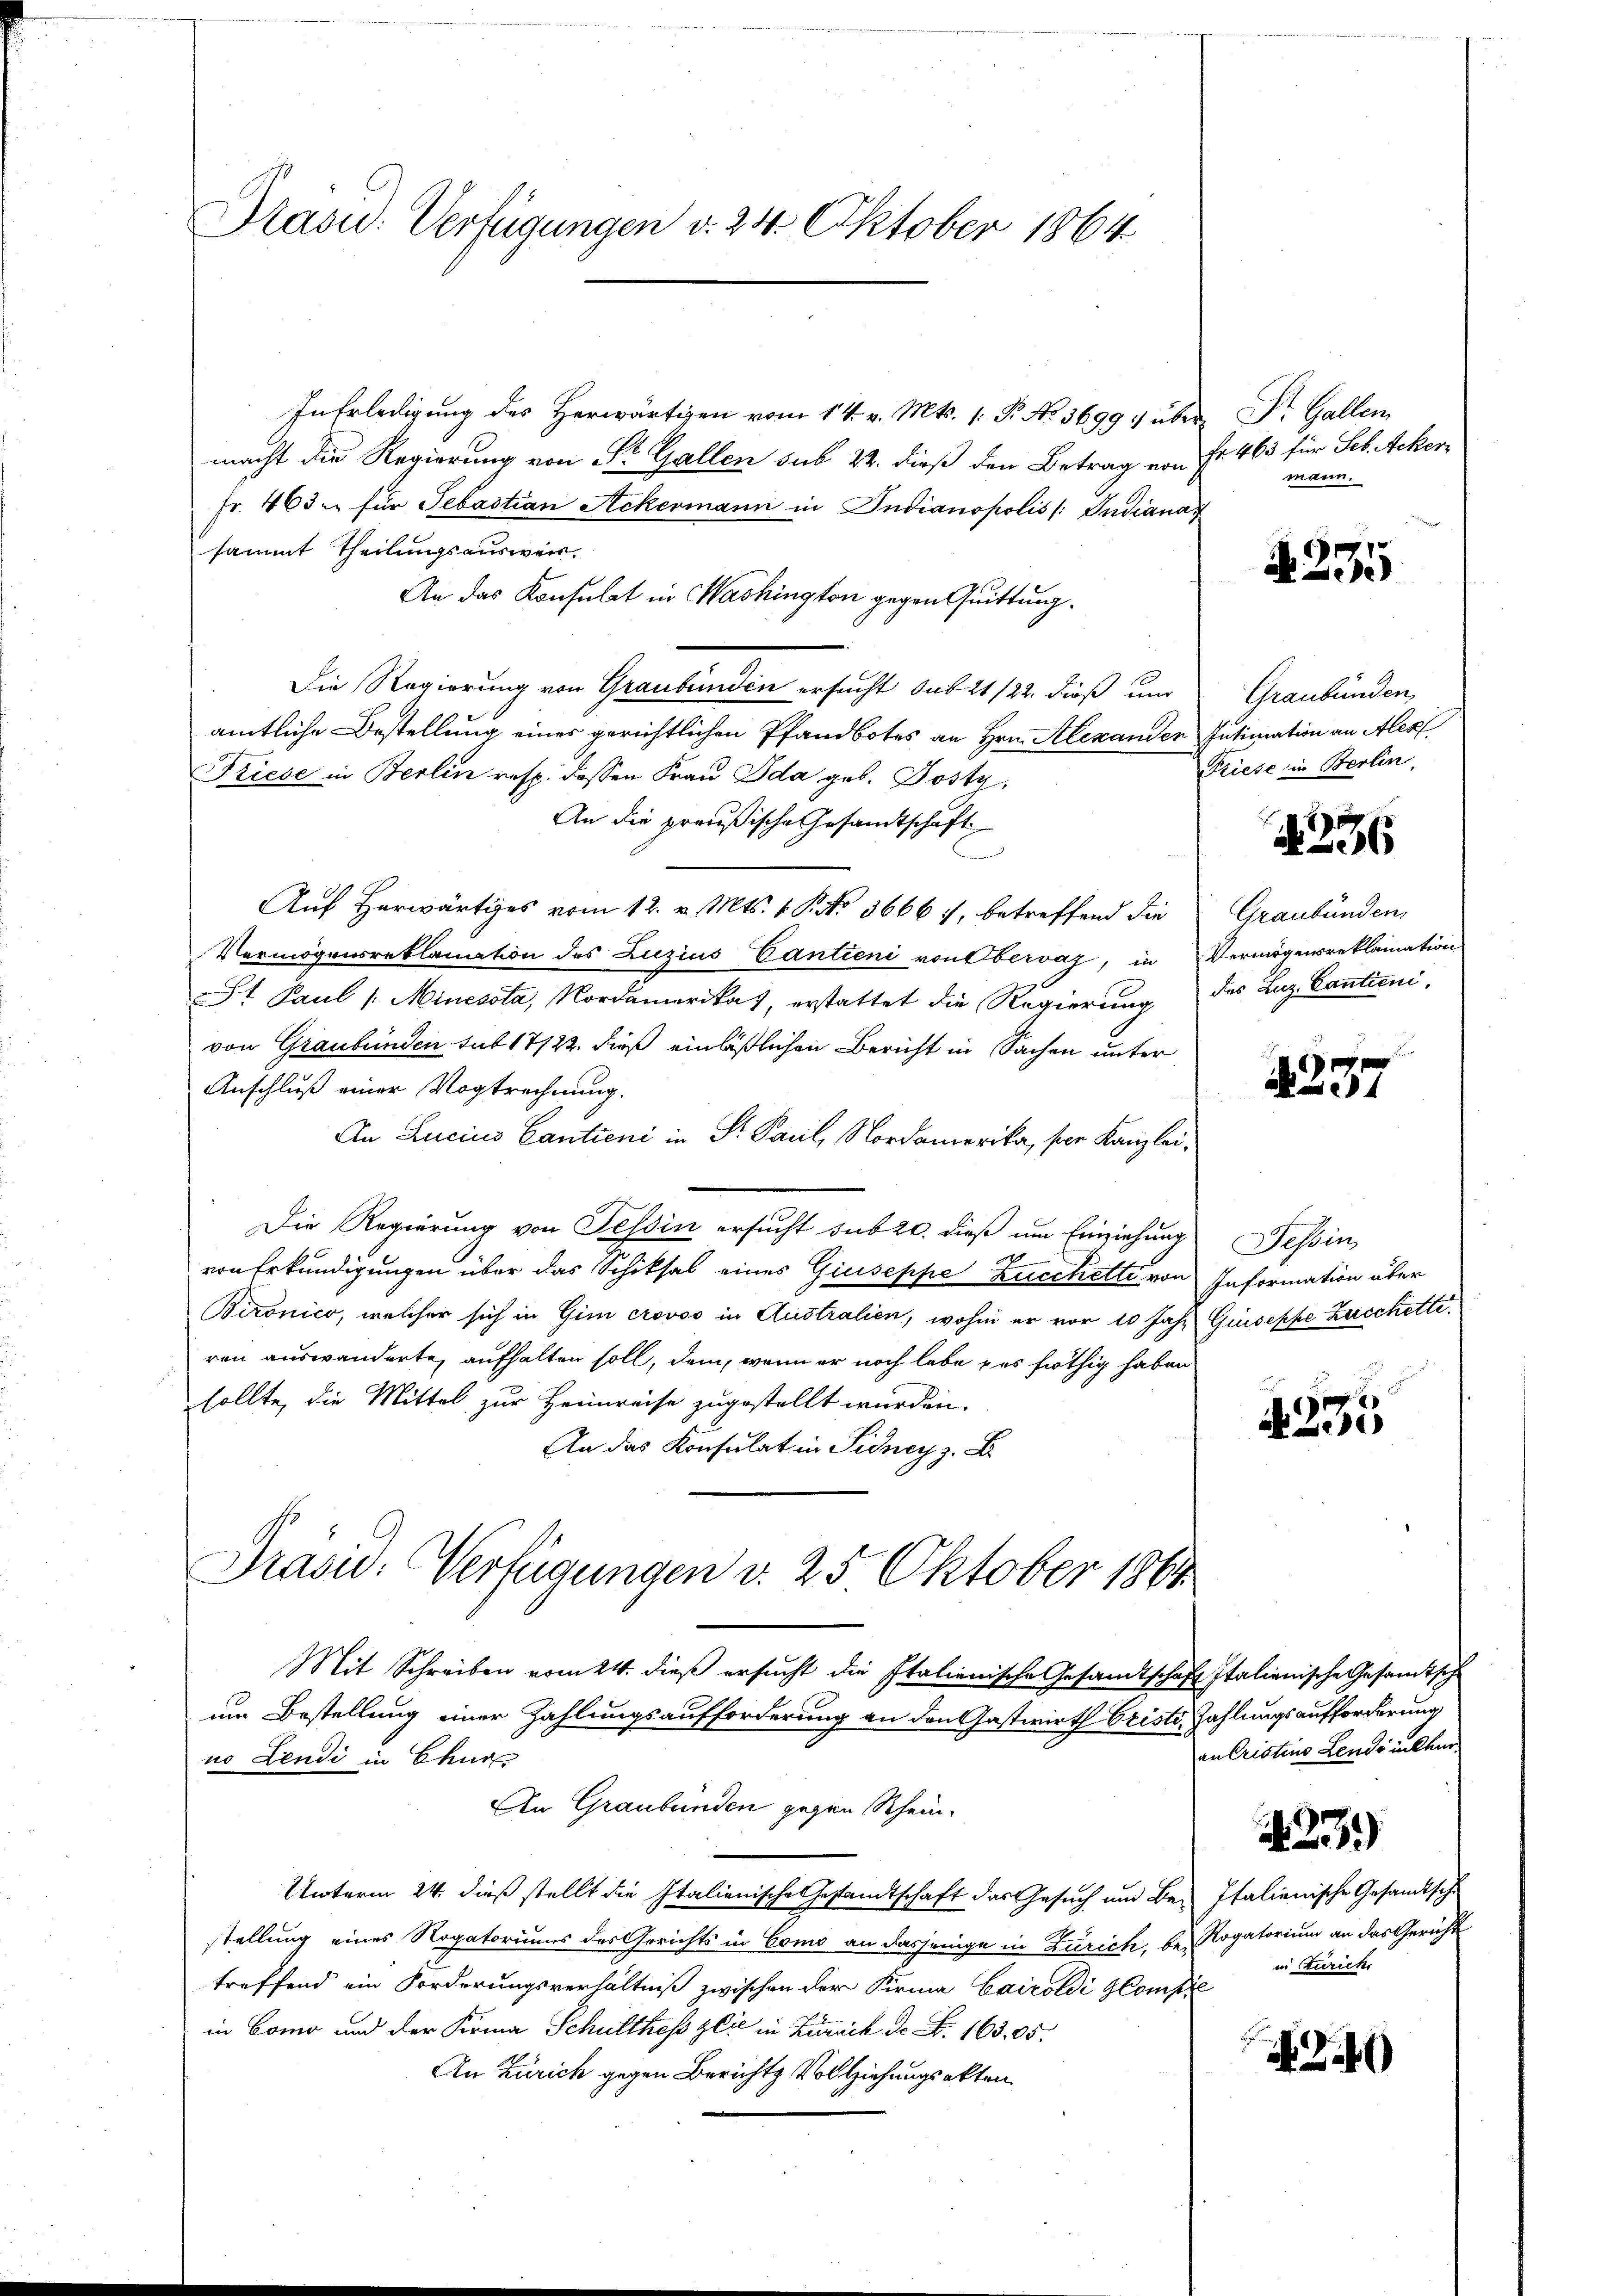
Präsid.: Verfügungen v. 24. Oktober 1864

In Erledigung des Herwärtigen vom 14. v. Mts. 1. P. No. 3699 :/ über Dr. Gallen
macht die Regierung von St. Gallen sub 22. dieß den Betrag von Fr. 463 für Seb. Ackerfr. 463. für Sebastian Ackermann in Indianopolis /: Indiana
sammt Theilungsausweis,
An das Konsulat in Washington gegen Quittung.
Die Regierung von Graubünden ersucht sub 21/22. dieß und
amtliche Bestellung eines gerichtlichen Pfandbotes an Hrn. Alexanden Intimation an Alex
Friese in Berlin resp. dessen Frau Ida geb. Posty,
An die preußische Gesandtschaft
Auf Herwärtiges vom 12. v. Mts. v. P. No 3666 f., betreffend die
Vermögensreklamation des Zuzius Cantieni von Obervaz, in Vermögensreklamation
St Paul /: Minessta, Nordamerikas, erstattet die Regierung des Laz. Cantoni,
von Graubünden sub 17122. dieß einläßlichen Bericht in Sachen unter
Anschluß einer Vogtrechnung.
An Lucius Cantieni in Sr. Paul, Nordamerika, per Kanzlei,
Die Regierung von Tessin ersucht sub 20. dieß um Einziehung
von Erkundigungen über das Schiksal eines Giuseppe Zucchette von Information über
Bironico, welcher sich in Gim crovoo in Australien, wohin er vor 10 Jahr Guseppe Zeichette,
ren auswanderte, aufhalten soll, dem, wenn er noch lebe es nöthig haben
sollte, die Mittel zur Heimreise zugestellt wurden.
An das Konsulat in Sicher z. B.
Präsid. Verfügungen d. 25. Oktober 1861
Mit Schreiben vom 24. dieß ersucht die Italienische Gesandtschaft Italienische Gesamtsche
um Bestellung einer Zahlungsaufforderung an den Gastwirth Friste Zahlungsaufforderung
no Lendi in Chur
An Graubünden gegen Rhein¬
Unterm 24. dieβ stellt die Italienische Gestandtschaft das Gesŭch ŭm Be- Italienische Gesandtsche
stellung eines Rogatoriums des Gerichts in Como an dasjenige in Zürich, be- Rogatorium an das Gericht
treffend ein Forderungsverhältniß zwischen der Firma Cairoldi Compie
in Como und der Firma Schultheß zeit in Zuruck de N. 163,05.
An Zürich gegen Berichts Vollziehungsakten

mann.

A. 235

Graubünden,
Priese in Berlin,

236

Graubünden,

1237

Tessin

A 235

an Cristins Lends inkler

in Zürich

23)

X24